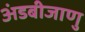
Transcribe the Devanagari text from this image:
अंडबीजाणु